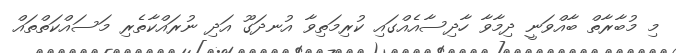
މި މުބާރާތް ބާއްވަނީ ދިމާވާ ހާދިސާއެއްގައި ކުރިމަތިވާ އުނދަގޫ އަދި ނުރައްކާތެރި މަސައްކަތްތައް